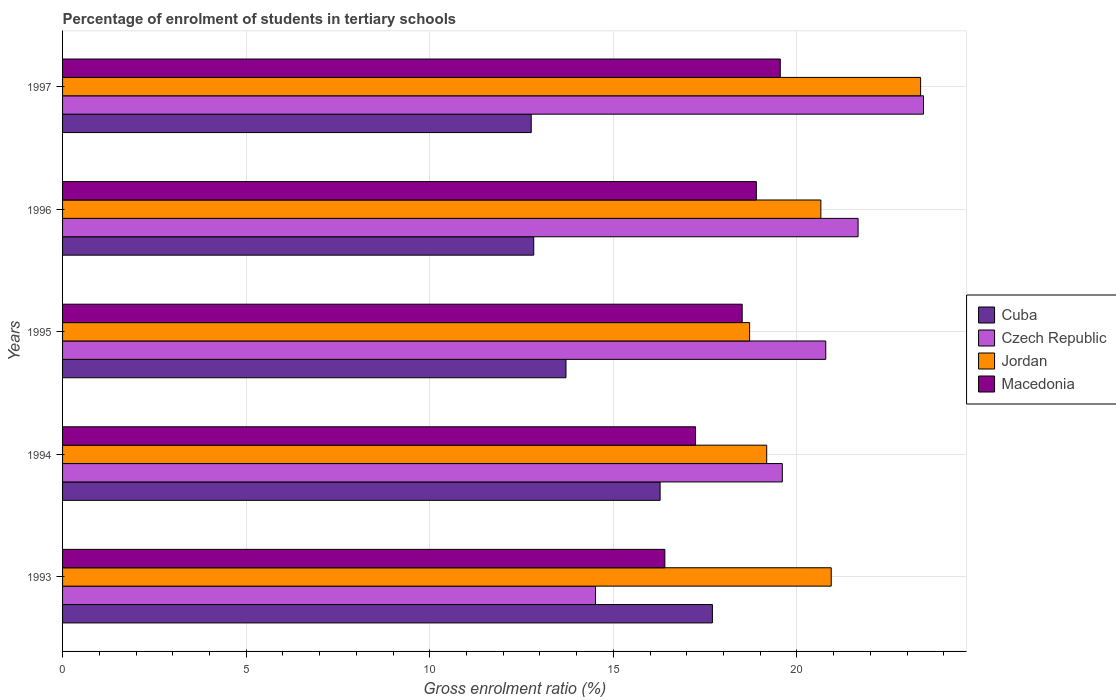
| Years | Cuba | Czech Republic | Jordan | Macedonia |
 | --- | --- | --- | --- | --- |
 | 1993 | 17.7 | 14.5 | 20.9 | 16.4 |
 | 1994 | 16.3 | 19.6 | 19.2 | 17.2 |
 | 1995 | 13.7 | 20.8 | 18.7 | 18.5 |
 | 1996 | 12.8 | 21.7 | 20.7 | 18.9 |
 | 1997 | 12.8 | 23.4 | 23.4 | 19.5 |